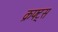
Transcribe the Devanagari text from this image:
क्रफ्ट्स